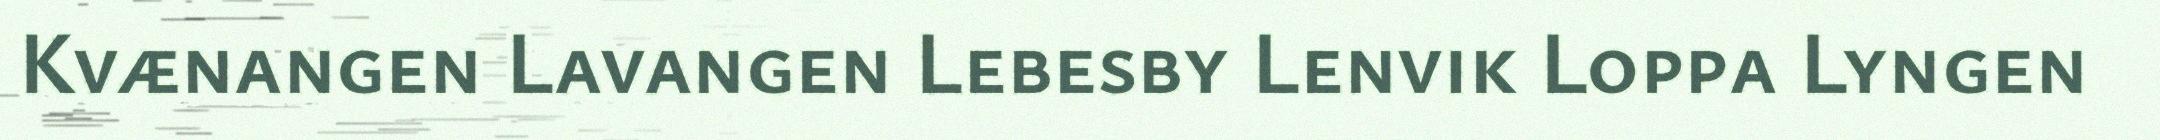
Kvænangen Lavangen Lebesby Lenvik Loppa Lyngen